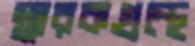
স্মারকগ্রন্থে